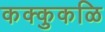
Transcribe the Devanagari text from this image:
कक्कुकळि